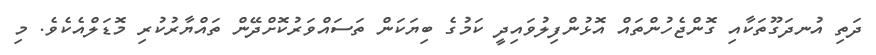
ދަތި އުނދަގޫތަކާއި ގޮންޖެހުންތައް އޮޅުންފިލުވައިދީ ކަމުގެ ބިޔަކަން ތަސައްވަރުކޮށްދޭން ތައްޔާރުކުރި މޮޑަލްއެކެވެ. މި